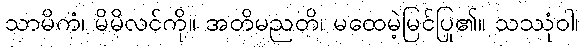
သာမိကံ၊ မိမိလင်ကို။ အတိမညတိ၊ မထေမဲ့မြင်ပြု၏။ သဿုံဝါ၊